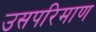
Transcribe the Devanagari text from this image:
उसपरिमाण